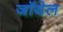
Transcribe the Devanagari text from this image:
जॉयेल